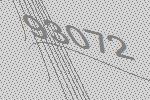
93072